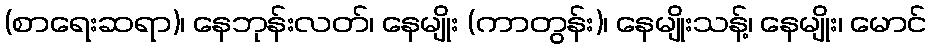
(စာရေးဆရာ)၊ နေဘုန်းလတ်၊ နေမျိုး (ကာတွန်း)၊ နေမျိုးသန့်၊ နေမျိုး၊ မောင်